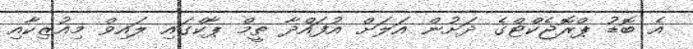
އެ ބޮޑު ޕްރޮޖެކްޓްގެ ދަށުން އަލަށް އުފައްދާ ތީމް ޕާކްގައި ލައިވް މިއުޒިކާއި